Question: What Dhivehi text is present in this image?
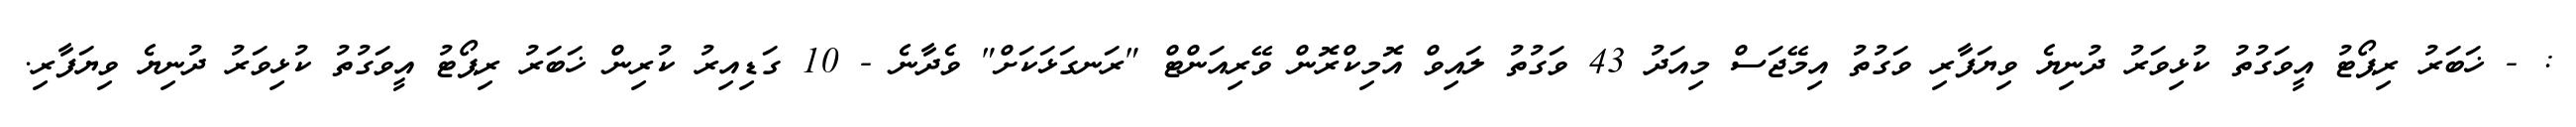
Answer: : - ޚަބަރު ރިޕޯޓު އީވަގުތު ކުޅިވަރު ދުނިޔެ ވިޔަފާރި ވަގުތު އިމޭޖަސް މިއަދު 43 ވަގުތު ލައިވް އޮމިކްރޮން ވޭރިއަންޓް "ރަނގަޅަކަށް" ވެދާނެ - 10 ގަޑިއިރު ކުރިން ޚަބަރު ރިޕޯޓު އީވަގުތު ކުޅިވަރު ދުނިޔެ ވިޔަފާރި.